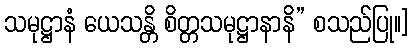
သမုဋ္ဌာနံ ယေသန္တိ စိတ္တသမုဋ္ဌာနာနိ” စသည်ပြု။]